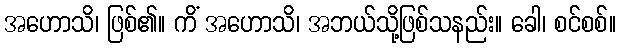
အဟောသိ၊ ဖြစ်၏။ ကိံ အဟောသိ၊ အဘယ်သို့ဖြစ်သနည်း။ ခေါ၊ စင်စစ်။